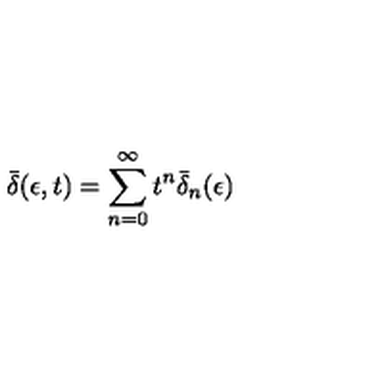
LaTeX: \bar { \delta } ( \epsilon , t ) = \sum _ { n = 0 } ^ { \infty } t ^ { n } \bar { \delta } _ { n } ( \epsilon )